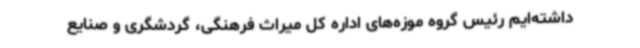
داشته‌ایم رئیس گروه موزه‌های اداره کل میراث فرهنگی، گردشگری و صنایع